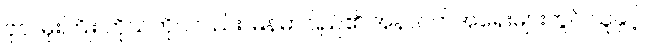
ဗိုလ်မိုးကြိုး ကိုယ်တိုင်လည်း မြန်မာပြည်၏ အနာဂတ်အရေးများတွင် သူနှင့်